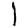
Digit: 1